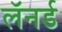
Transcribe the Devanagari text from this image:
लॅनर्ड